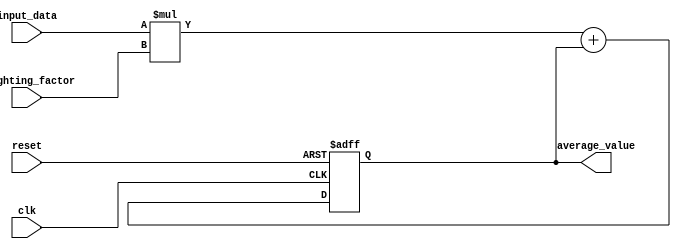
module ExpMovingAvgAccumulator (
  input wire clk,
  input wire reset,
  input wire [31:0] input_data,
  input wire [31:0] weighting_factor,
  output reg [31:0] average_value
);

always @(posedge clk or posedge reset)
begin
  if (reset)
    average_value <= 0;
  else
    average_value <= (input_data * weighting_factor) + average_value;
end

endmodule